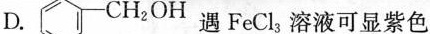
D.遇FeCl_{3}溶液可显紫色